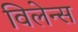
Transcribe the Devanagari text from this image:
विलेन्स